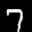
Label: 7